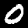
Digit: 0